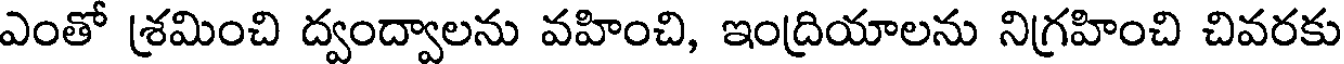
ఎంతో శ్రమించి ద్వంద్వాలను వహించి, ఇంద్రియాలను నిగ్రహించి చివరకు